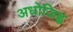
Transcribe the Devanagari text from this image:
अधोजिह्व